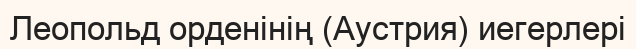
Леопольд орденінің (Аустрия) иегерлері